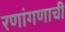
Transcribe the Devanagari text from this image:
रणांगणाची